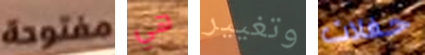
مفتوحة هي وتغيير حفلات